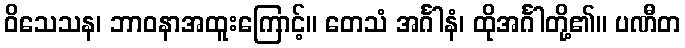
ဝိသေသန၊ ဘာဝနာအထူးကြောင့်။ တေသံ အင်္ဂါနံ၊ ထိုအင်္ဂါတို့၏။ ပဏီတ